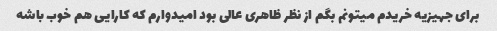
برای جهیزیه خریدم میتونم بگم از نظر ظاهری عالی بود امیدوارم که کارایی هم خوب باشه